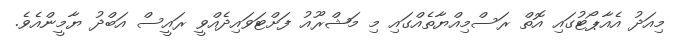
މިއަދު އެއާޕޯޓުގައި އޮތް ރަސްމިއްޔާތެއްގައި މި މަޝްރޫއު ފަށްޓަވައިދެއްވީ ރައީސް އަބްދު ޔާމީންއެވެ.